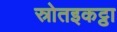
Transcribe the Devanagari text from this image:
स्रोतइकट्ठा